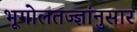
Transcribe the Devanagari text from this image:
भूगोलतज्ज्ञांनुसार